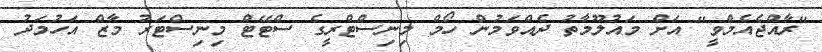
"ރާއްޖެއެމްވީ" އަށް މައުލޫމާތު ދެއްވަމުން ހޯމް މިނިސްޓްރީގެ ސްޓޭޓް މިނިސްޓަރު މާޒް އަހުމަދު